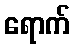
ရောက်